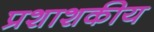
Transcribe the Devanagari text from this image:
प्रशाशकीय